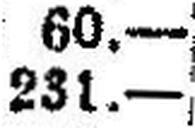
231.—